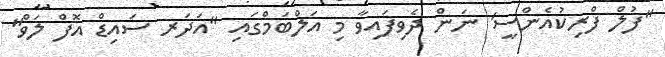
"ފުލް ފްރިކުއެންސީ' ނަން ދެވިފައިވާ މި އަލްބަމްގައި "އަދަރ ސައިޑް އޮފް ލަވް"